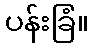
ပန်းခြံ။